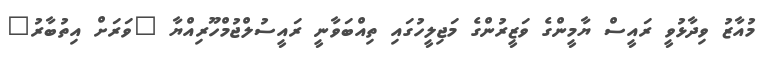
މުއާޒު ވިދާޅުވީ ރައީސް ޔާމީންގެ ވަޒީރުންގެ މަޖިލީހުގައި ތިއްބަވާނީ ރައީސުލްޖުމްހޫރިއްޔާ "ވަރަށް އިތުބާރު"